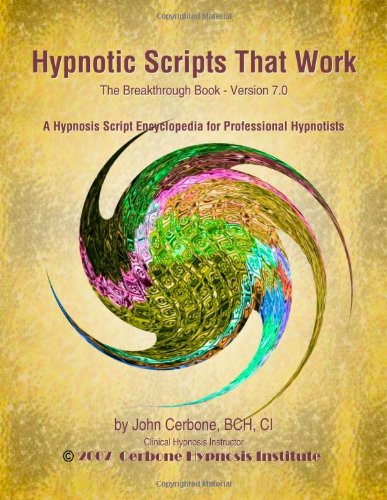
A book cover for Hypnotic Scripts That Work: The Breakthrough Book Version 7.0; John Cerbone; Health, Fitness & Dieting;